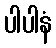
ပါပါနံ